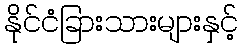
နိုင်ငံခြားသားများနှင့်